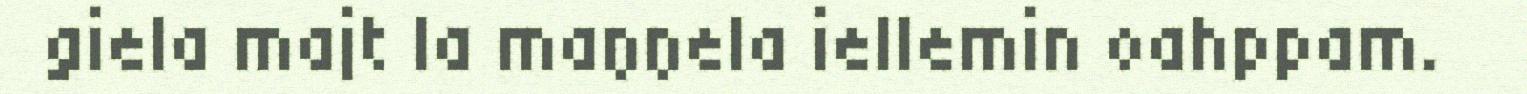
giela majt la maŋŋela iellemin oahppam.